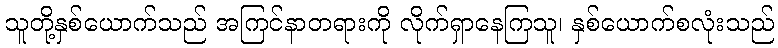
သူတို့နှစ်ယောက်သည် အကြင်နာတရားကို လိုက်ရှာနေကြသူ၊ နှစ်ယောက်စလုံးသည်